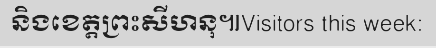
និងខេត្តព្រះសីហនុ៕Visitors this week: